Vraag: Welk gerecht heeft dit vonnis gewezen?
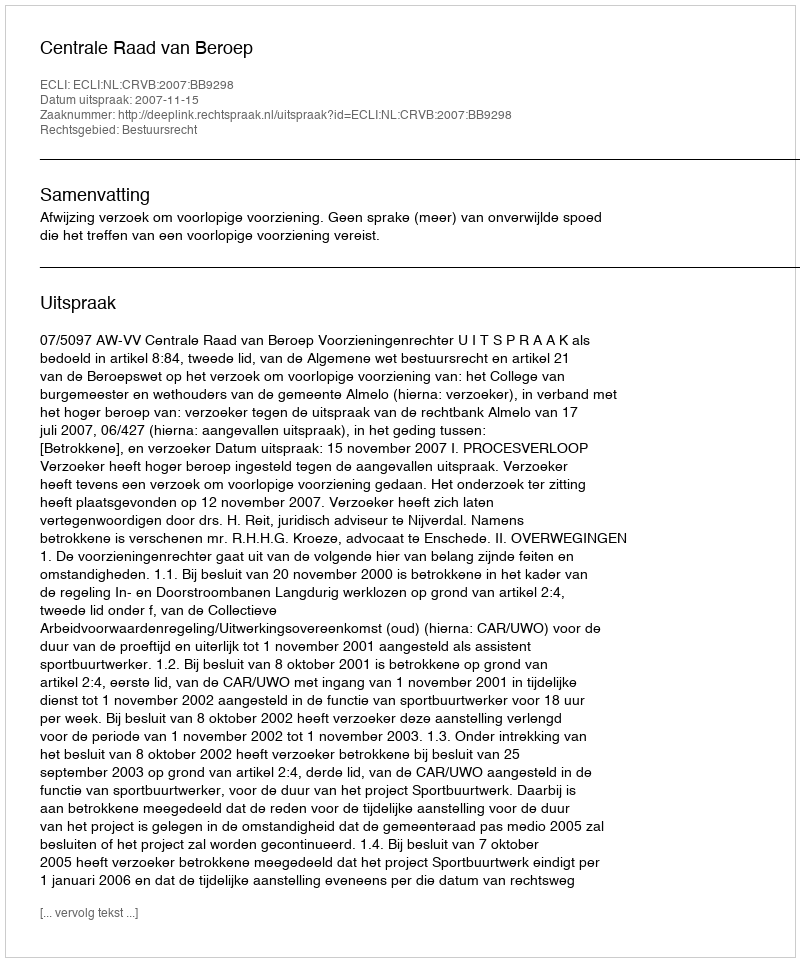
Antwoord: Centrale Raad van Beroep